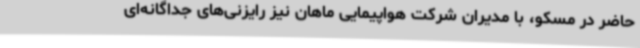
حاضر در مسکو، با مدیران شرکت هواپیمایی ماهان نیز رایزنی‌های جداگانه‌ای